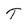
Character: T